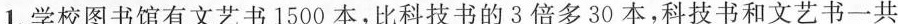
1.学校图书馆有文艺书1500本，比科技书的3倍多30本，科技书和文艺书一共